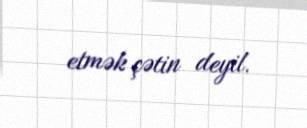
etmək çətin deyil.